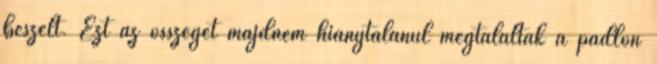
beszélt. Ezt az összeget majdnem hiánytalanul megtalálták a padlón